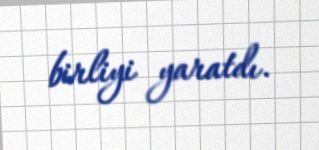
birliyi yaratdı.